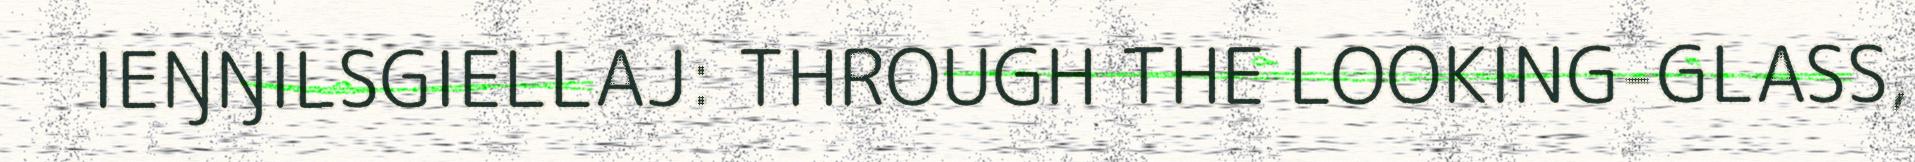
IEŊŊILSGIELLAJ: THROUGH THE LOOKING-GLASS,